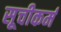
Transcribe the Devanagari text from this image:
सूचीकर्म